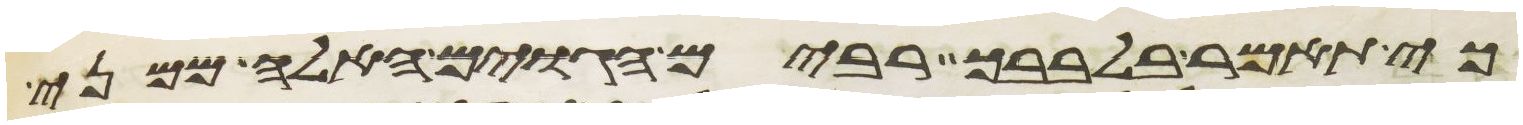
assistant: כי תאמר בלבבך רבים הגוים האלה ממני